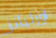
اورليانز